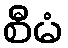
စီမံ